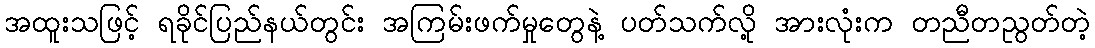
အထူးသဖြင့် ရခိုင်ပြည်နယ်တွင်း အကြမ်းဖက်မှုတွေနဲ့ ပတ်သက်လို့ အားလုံးက တညီတညွတ်တဲ့